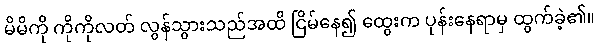
မိမိကို ကိုကိုလတ် လွန်သွားသည်အထိ ငြိမ်နေ၍ ထွေးက ပုန်းနေရာမှ ထွက်ခဲ့၏။